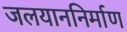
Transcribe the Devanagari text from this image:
जलयाननिर्माण